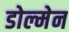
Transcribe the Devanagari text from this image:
डोल्मेन